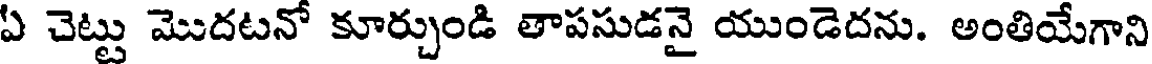
ఏ చెట్టు మొదటనో కూర్చుండి తాపసుడనై యుండెదను. అంతియేగాని